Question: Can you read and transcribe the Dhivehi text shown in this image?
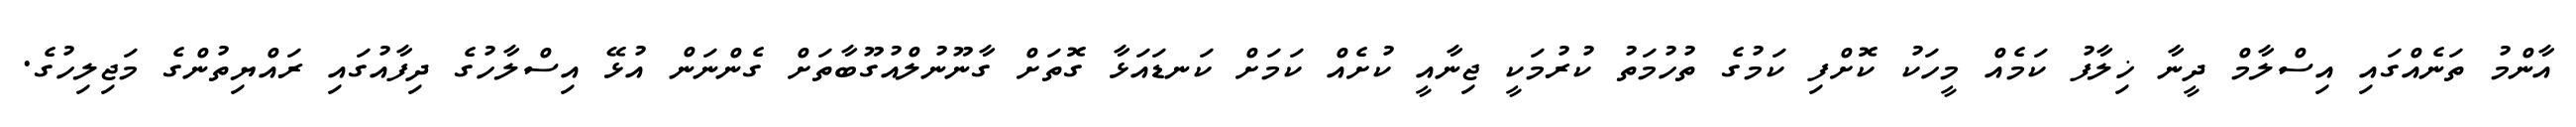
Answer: އާންމު ތަނެއްގައި އިސްލާމް ދީނާ ޚިލާފު ކަމެއް މީހަކު ކޮށްފި ކަމުގެ ތުހުމަތު ކުރުމަކީ ޖިނާއީ ކުށެއް ކަމަށް ކަނޑައަޅާ ގޮތަށް ގާނޫނުލްއުގޫބާތަށް ގެންނަން އުޅޭ އިސްލާހުގެ ދިފާއުގައި ރައްޔިތުންގެ މަޖިލިހުގެ.